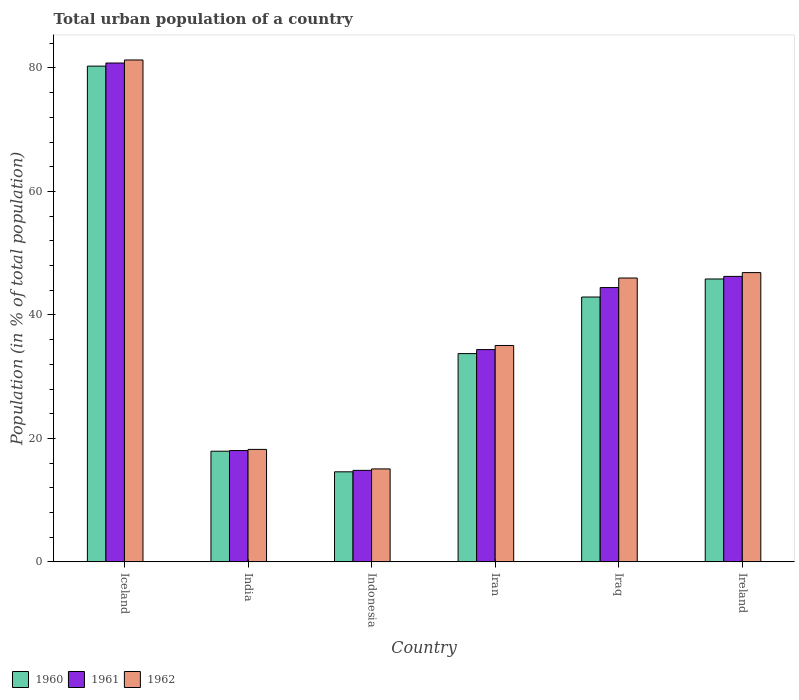
| Country | 1960 | 1961 | 1962 |
 | --- | --- | --- | --- |
 | Iceland | 80.3 | 80.8 | 81.3 |
 | India | 17.9 | 18 | 18.2 |
 | Indonesia | 14.6 | 14.8 | 15.1 |
 | Iran | 33.7 | 34.4 | 35.1 |
 | Iraq | 42.9 | 44.4 | 46 |
 | Ireland | 45.8 | 46.2 | 46.9 |